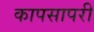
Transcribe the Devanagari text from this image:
कापसापरी